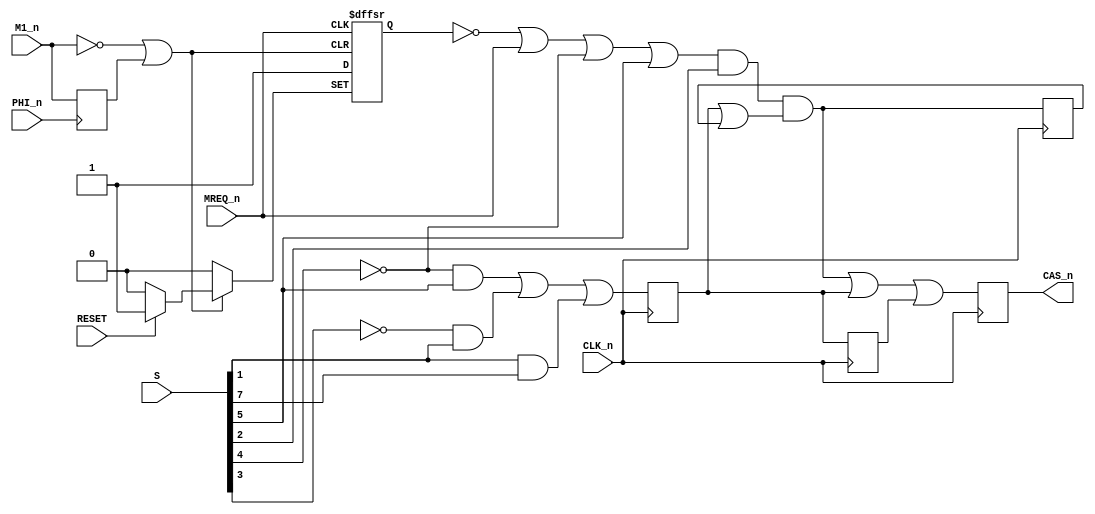
// This program was cloned from: https://github.com/codedchip/AMSGateArray
// License: GNU General Public License v3.0

// ===============================================================================
//
//  Amstrad CPC Gate Array for Xilinx X95288XL
//
//  Copyright (C) 2021 Darren Johnstone <darren@darrenjohnstone.scot>
//
//  This program is free software; you can redistribute it and/or modify it
//  under the terms of the GNU General Public License as published by the Free
//  Software Foundation; either version 2 of the License, or (at your option)
//  any later version.
//
//  This program is distributed in the hope that it will be useful, but WITHOUT
//  ANY WARRANTY; without even the implied warranty of MERCHANTABILITY or
//  FITNESS FOR A PARTICULAR PURPOSE.  See the GNU General Public License for
//  more details.
//
//  You should have received a copy of the GNU General Public License along
//  with this program; if not, write to the Free Software Foundation, Inc.,
//  51 Franklin Street, Fifth Floor, Boston, MA 02110-1301 USA.
//
//  Acknowledgements:
//
//  Based on 40010-simplified_V03.pdf by Gerald 
//  (https://www.cpcwiki.eu/forum/amstrad-cpc-hardware/gate-array-decapped!) 
//  
//  Partially based on the Amstrad MiSTer core by Gyorgy Szombathelyi
//  https://github.com/MiSTer-devel/Amstrad_MiSTer/tree/master/rtl/GA40010
// ===============================================================================
module CasGen(input CLK_n,
              input RESET,
              input M1_n,
              input PHI_n,
              input MREQ_n,
              input[7 : 0] S,
              output reg CAS_n);

  // u705
  reg u705;
  always
    @(posedge PHI_n)
      u705 = M1_n;

  wire u707 = ~M1_n | u705;
  // u708
  reg u708;
  always
    @(posedge MREQ_n,
      negedge u707,
      posedge RESET)
      if (RESET)
        u708 <= 1;
      else
        if (~u707)
          u708 <= 0;
        else
          u708 <= 1; //5V

  // u706
  reg u706;
  always
    @(posedge CLK_n)
      u706 <= (~S[4] & S[5]) | (~S[3] & S[1]) | (S[1] & S[7]);

  // u709
  reg u709;
  always
    @(negedge CLK_n)
      u709 <= u706;

  reg u710, u712;
  always 
  @(posedge CLK_n)
  begin
    u710 = ~u708 | MREQ_n | ~S[4] | S[5];
    u712 = u710 & S[2] & (u706 | u712);
    CAS_n = u712 | u706 | u709;
  end
endmodule